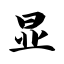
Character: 显